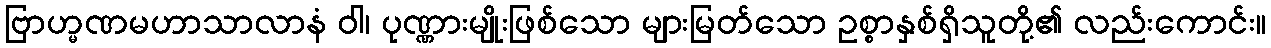
ဗြာဟ္မဏမဟာသာလာနံ ဝါ၊ ပုဏ္ဏားမျိုးဖြစ်သော များမြတ်သော ဥစ္စာနှစ်ရှိသူတို့၏ လည်းကောင်း။